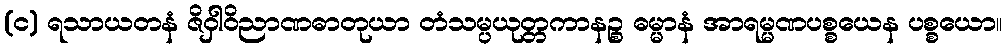
(င) ရသာယတနံ ဇိဝှါဝိညာဏဓာတုယာ တံသမ္ပယုတ္တကာနဉ္စ ဓမ္မာနံ အာရမ္မဏပစ္စယေန ပစ္စယော။